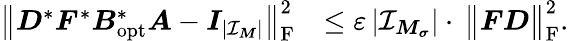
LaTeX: \begin{array}{rl}{\big\| \boldsymbol D^{*}\boldsymbol F^{*}\boldsymbol B_{\mathrm{opt}}^{*}\boldsymbol A-\boldsymbol I_{|\mathcal I_{\boldsymbol M}|}\big\| _{\mathrm F}^{2}}&{\leq\varepsilon\, |\mathcal I_{\boldsymbol M_{\boldsymbol\sigma}}|\cdot\, \big\| \boldsymbol F\boldsymbol D\big\| _{\mathrm F}^{2}.}\end{array}